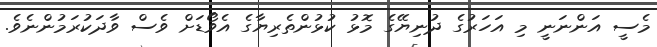
މެސީ އަންނަނީ މި އަހަރުގެ ދުނިޔޭގެ މޮޅު ކުޅުންތެރިޔާގެ އެވޯޑަށް ވެސް ވާދަކުރަމުންނެވެ.